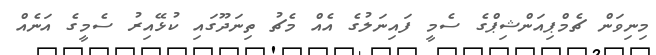
މިނިވަން ޗެމްޕިއަންޝިޕްގެ ސެމީ ފައިނަލުގެ އެއް މެޗު ތިނަދޫގައި ކުޅޭއިރު ސެމީގެ އަނެއް